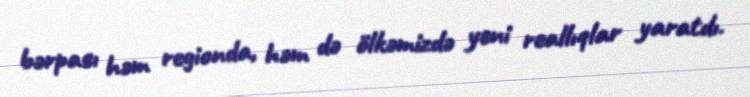
bərpası həm regionda, həm də ölkəmizdə yeni reallıqlar yaratdı.